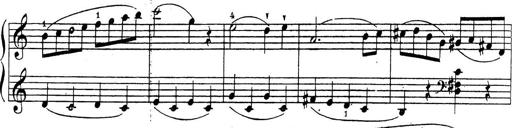
Title: 10 Sonatinas
Composer: Fritz Spindler